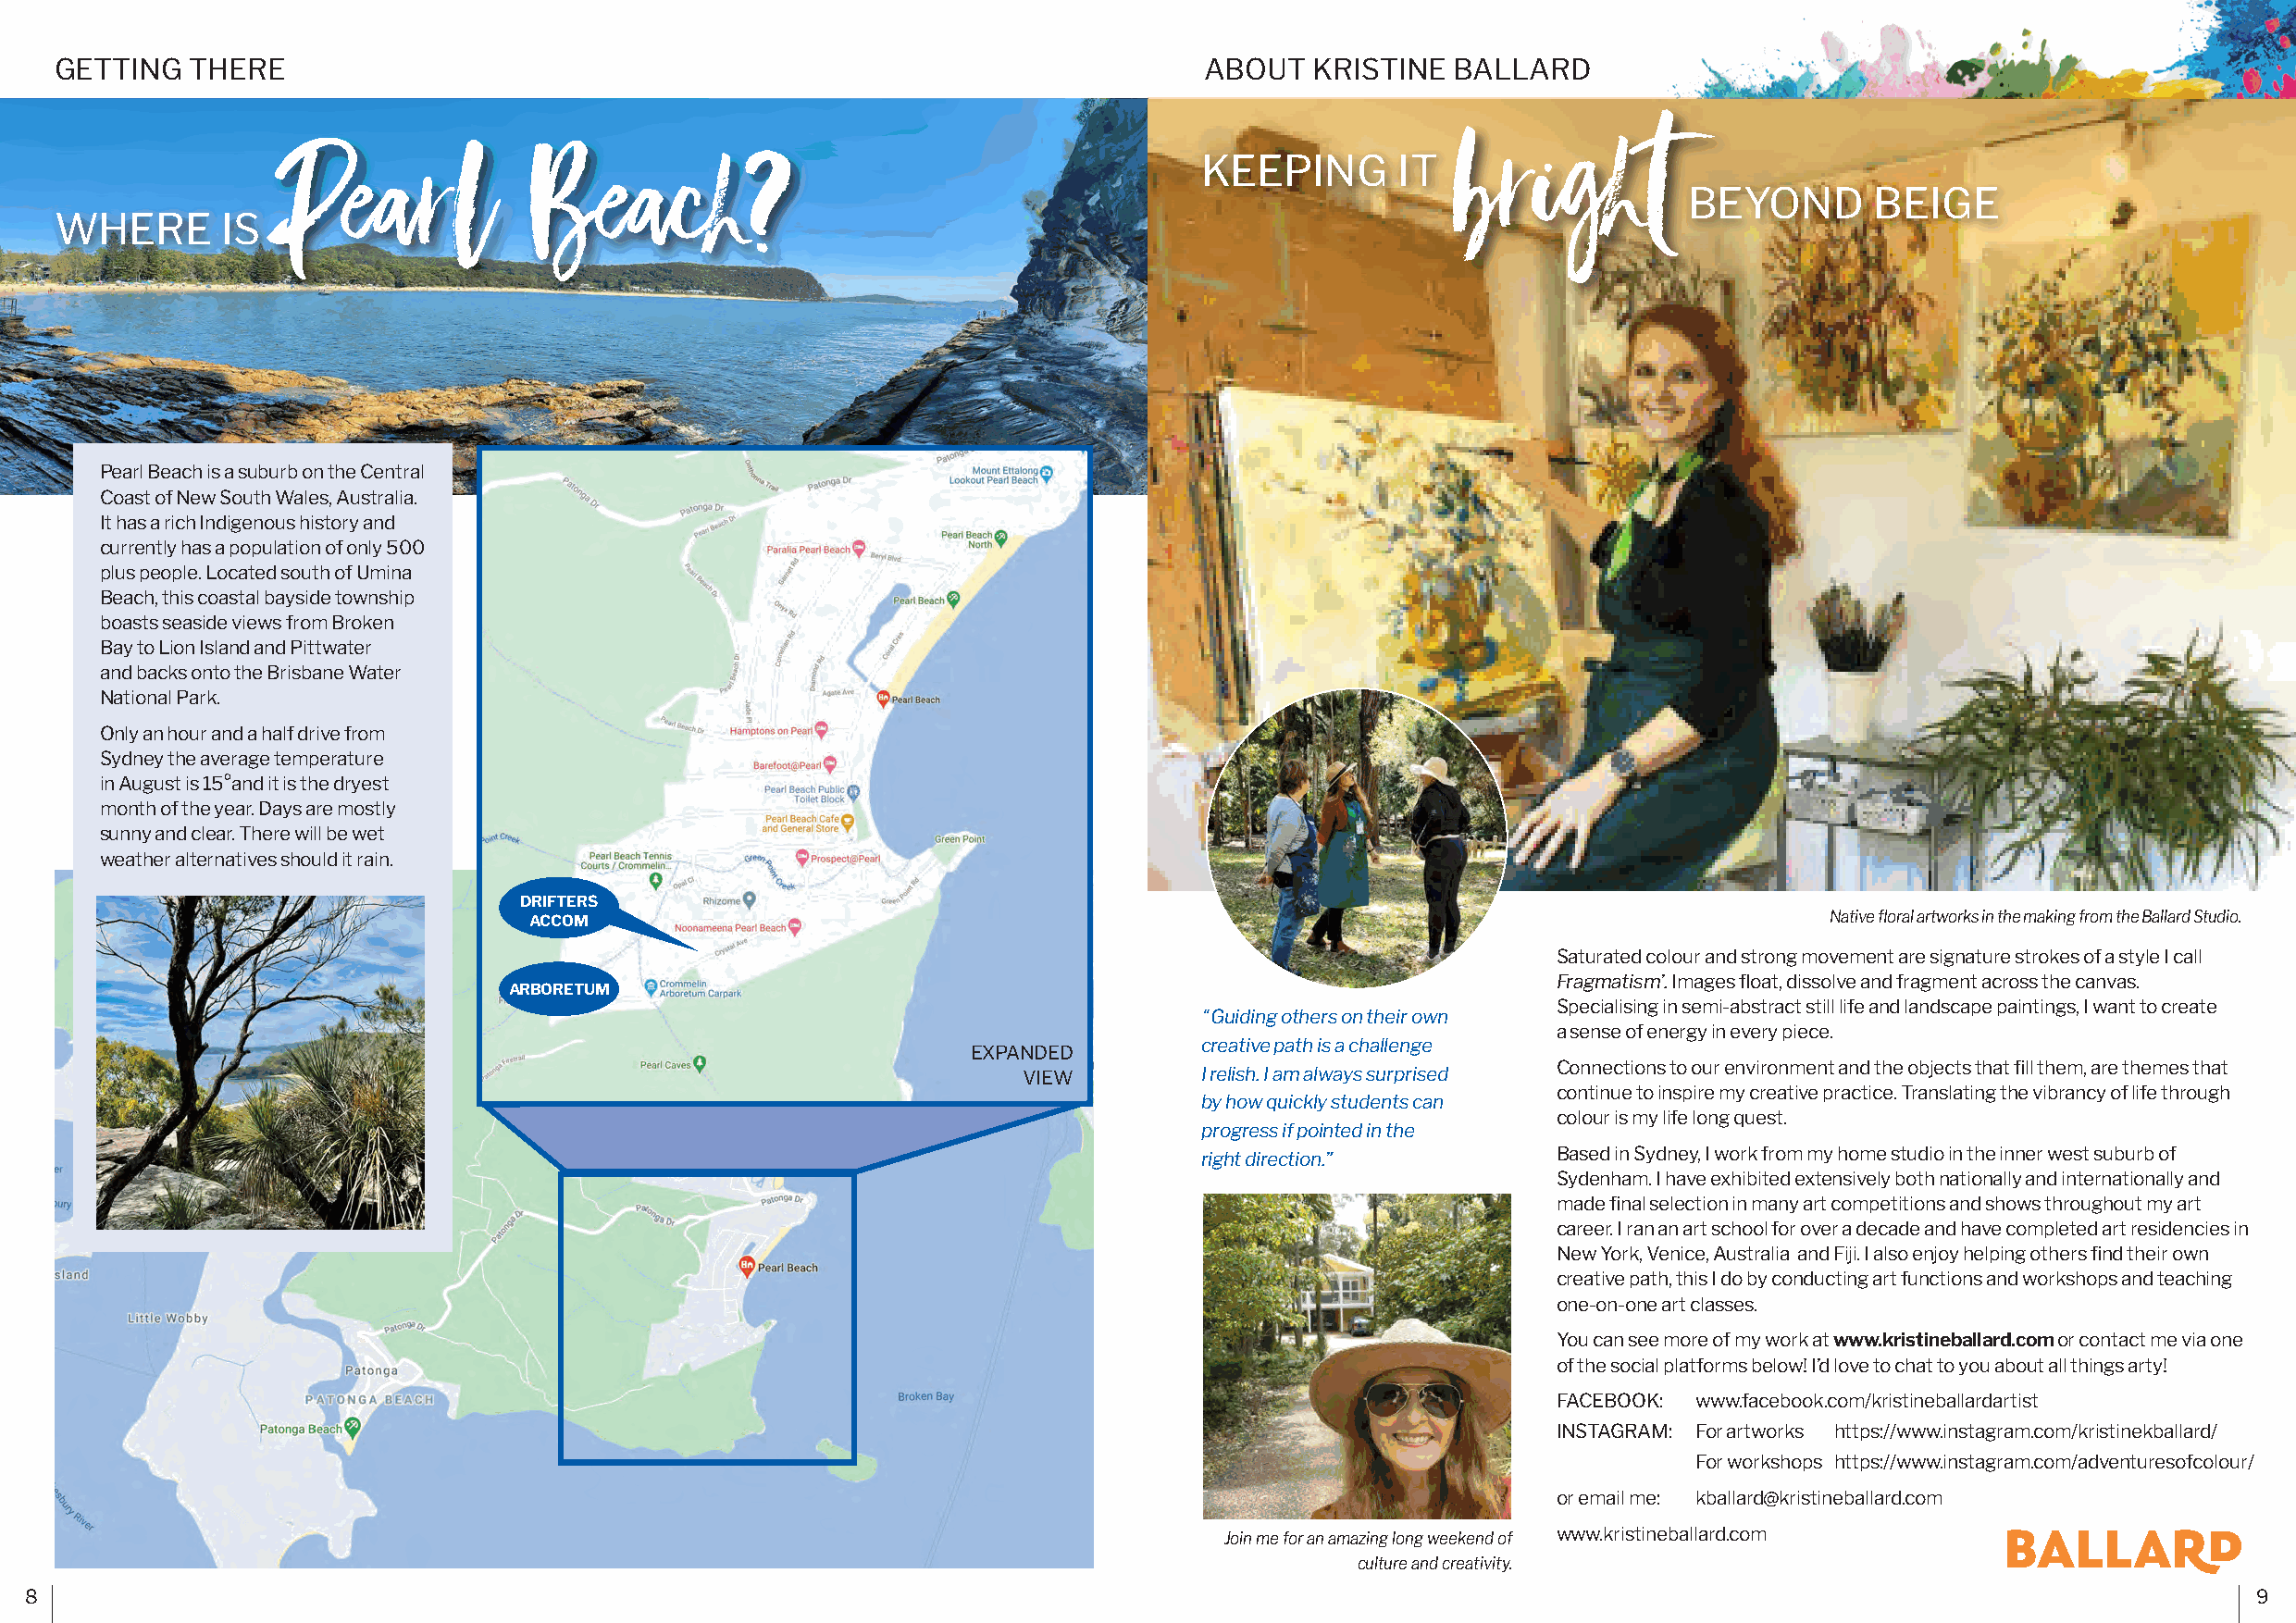
GETTING   THERE                                                                   ABOUT   KRISTINE  BALLARD
 brigh         t
 Pearl            B    each?
 KEEPING       IT
 BEYOND       BEIGE
 WHERE       IS
 Pearl Beach is a suburb on the Central
 Coast of New South Wales, Australia.
 It has a rich Indigenous history and
 currently has a population of only 500
 plus people. Located south of Umina
 Beach, this coastal bayside township
 boasts seaside views from Broken
 Bay to Lion Island and Pittwater
 and backs onto the Brisbane Water
 National Park.
 Only an hour and a half drive from
 Sydney the average temperature
 in August is 15°and it is the dryest
 month of the year. Days are mostly
 sunny and clear. There will be wet
 weather alternatives should it rain.
 DRIFTERS
 ACCOM                                                                                        Native floral artworks in the making from the Ballard Studio.
 Saturated colour and strong movement are signature strokes of a style I call
 Fragmatism’. Images float, dissolve and fragment across the canvas.
 ARBORETUM
 Specialising in semi-abstract still life and landscape paintings, I want to create
 ‘‘ Guiding others on their own
 a sense of energy in every piece.
 creative path is a challenge
 EXPANDED
 Connections to our environment and the objects that fill them, are themes that
 VIEW         I relish. I am always surprised
 continue to inspire my creative practice. Translating the vibrancy of life through
 by how quickly students can
 colour is my life long quest.
 progress if pointed in the
 right direction.”        Based in Sydney, I work from my home studio in the inner west suburb of
 Sydenham. I have exhibited extensively both nationally and internationally and
 made final selection in many art competitions and shows throughout my art
 career. I ran an art school for over a decade and have completed art residencies in
 New York, Venice, Australia and Fiji. I also enjoy helping others find their own
 creative path, this I do by conducting art functions and workshops and teaching
 one-on-one art classes.
 You can see more of my work at www.kristineballard.com or contact me via one
 of the social platforms below! I’d love to chat to you about all things arty!
 FACEBOOK: www.facebook.com/kristineballardartist
 INSTAGRAM: For artworks https://www.instagram.com/kristinekballard/
 For workshops https://www.instagram.com/adventuresofcolour/
 or email me: kballard@kristineballard.com
 Join me for an amazing long weekend of www.kristineballard.com
 culture and creativity.
 8                                                                                                                                                              9